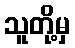
သူတို့မှ